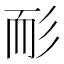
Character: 耏